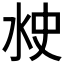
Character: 𰛘